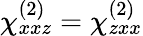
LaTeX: \chi_{xxz}^{(2)}=\chi_{zxx}^{(2)}